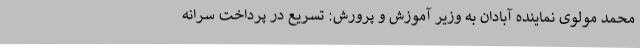
محمد مولوی نماینده آبادان به وزیر آموزش و پرورش: تسریع در پرداخت سرانه